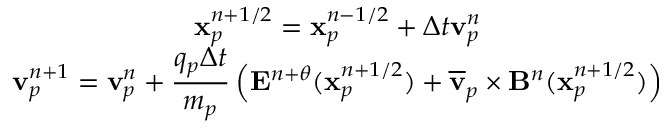
\begin{array} { c } { \displaystyle \mathbf { x } _ { p } ^ { n + 1 / 2 } = \mathbf { x } _ { p } ^ { n - 1 / 2 } + \Delta t \mathbf { v } _ { p } ^ { n } } \\ { \displaystyle \mathbf { v } _ { p } ^ { n + 1 } = \mathbf { v } _ { p } ^ { n } + \frac { q _ { p } \Delta t } { m _ { p } } \left( \mathbf { E } ^ { n + \theta } ( \mathbf { x } _ { p } ^ { n + 1 / 2 } ) + \overline { { \mathbf { v } } } _ { p } \times \mathbf { B } ^ { n } ( \mathbf { x } _ { p } ^ { n + 1 / 2 } ) \right) } \end{array}